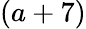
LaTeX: (a+7)